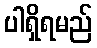
ပါရှိရမည်